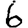
Digit: 6